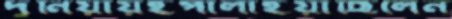
দুনিয়ায়ইপালাইয়াছিলেন